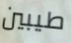
طيبين